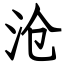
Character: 沧